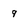
Character: 9